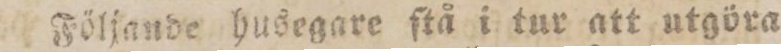
Följande husegare ſtå i tur att utgöra